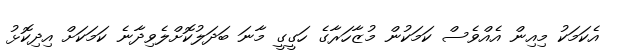
އެކަމަކު މިއިން އެއްވެސް ކަމަކުން މުޒާހަރާގެ ހަގީގީ މާނަ ބަދަލުކޮށްލެވިދާނެ ކަމަކަށް އިދިކޮޅު